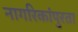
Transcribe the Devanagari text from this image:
नागरिकांपुरता